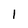
Character: 1